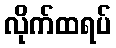
လိုက်ထရပ်